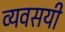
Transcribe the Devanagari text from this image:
व्यवसयी